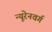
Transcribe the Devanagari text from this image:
न्यूरेनवर्ग